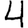
Digit: 4